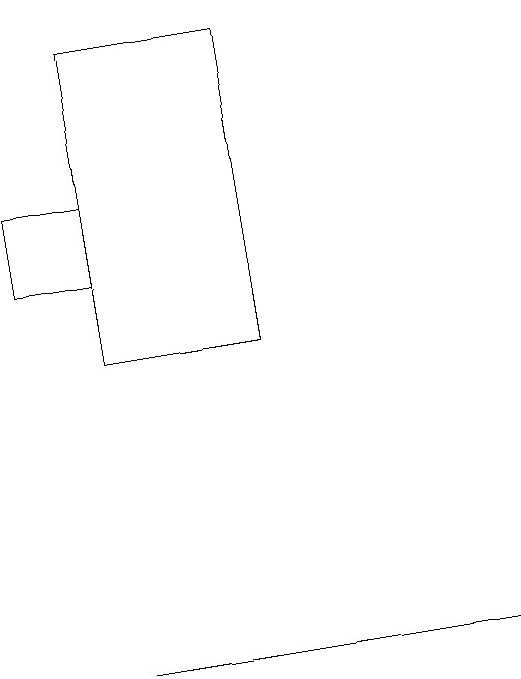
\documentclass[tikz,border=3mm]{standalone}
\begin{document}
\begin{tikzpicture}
\draw (5,15) rectangle (3,19);
\draw (3,16) rectangle (2,17);
\draw (3,11) rectangle (8,11);
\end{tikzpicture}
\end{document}